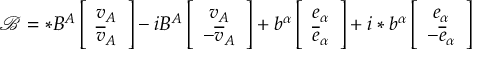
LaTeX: \mathcal { B } = * B ^ { A } \left[ \begin{array} { c } { { v _ { A } } } \\ { { \overline { { { v } } } _ { A } } } \end{array} \right] - i B ^ { A } \left[ \begin{array} { c } { { v _ { A } } } \\ { { - \overline { { { v } } } _ { A } } } \end{array} \right] + b ^ { \alpha } \left[ \begin{array} { c } { { e _ { \alpha } } } \\ { { \overline { { { e } } } _ { \alpha } } } \end{array} \right] + i * b ^ { \alpha } \left[ \begin{array} { c } { { e _ { \alpha } } } \\ { { - \overline { { { e } } } _ { \alpha } } } \end{array} \right]